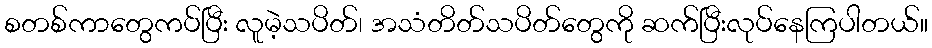
စတစ်ကာတွေကပ်ပြီး လူမဲ့သပိတ်၊ အသံတိတ်သပိတ်တွေကို ဆက်ပြီးလုပ်နေကြပါတယ်။